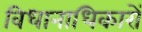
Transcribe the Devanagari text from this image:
विधानाधिकारों